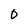
Character: O